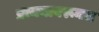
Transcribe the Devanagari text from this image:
प्रत्ययावरूनच